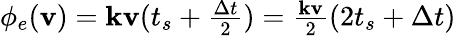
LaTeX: \begin{array}{r}{\phi_{e}(\mathbf{v})=\mathbf{k}\mathbf{v}(t_{s}+\frac{\Delta t}{2})=\frac{\mathbf{k}\mathbf{v}}{2}(2t_{s}+\Delta t)}\end{array}